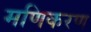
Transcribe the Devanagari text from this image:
मणिकरण